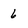
Character: 6